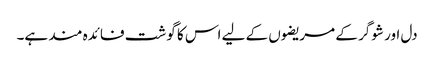
دل اور شوگر کے مریضوں کے لیے اس کا گوشت فائدہ مند ہے۔